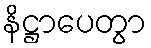
နိဋ္ဌာပေတွာ